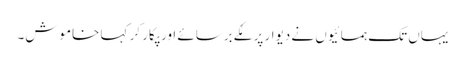
یہاں تک ہمسائیوں نے دیوار پر مُکے برسائے اور پکار کر کہا خاموش۔